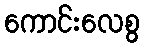
ကောင်းလေစွ